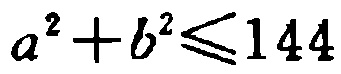
\(a^{2}+b^{2}\leqslant144\)